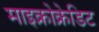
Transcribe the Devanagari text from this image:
माइक्रोक्रेडिट